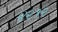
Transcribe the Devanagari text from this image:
४२१२